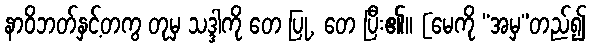
နာဝိဘတ်နှင့်တကွ တုမှ သဒ္ဒါကို တေ ပြု, တေ ပြီး၏။ [မေကို “အမှ”တည်၍